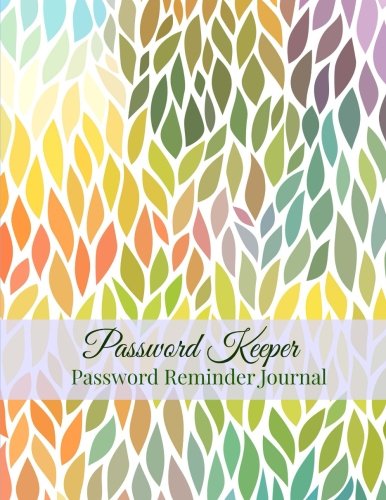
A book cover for Password Keeper: Password Reminder Journal (Extra Large Password Journals-More Room to Write) (Volume 11); Creative Journals and Planners; Business & Money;